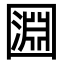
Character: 㘤